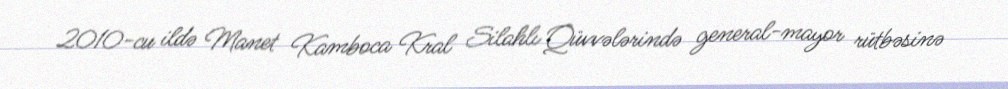
2010-cu ildə Manet Kamboca Kral Silahlı Qüvvələrində general-mayor rütbəsinə